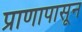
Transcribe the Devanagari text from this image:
प्राणापासून